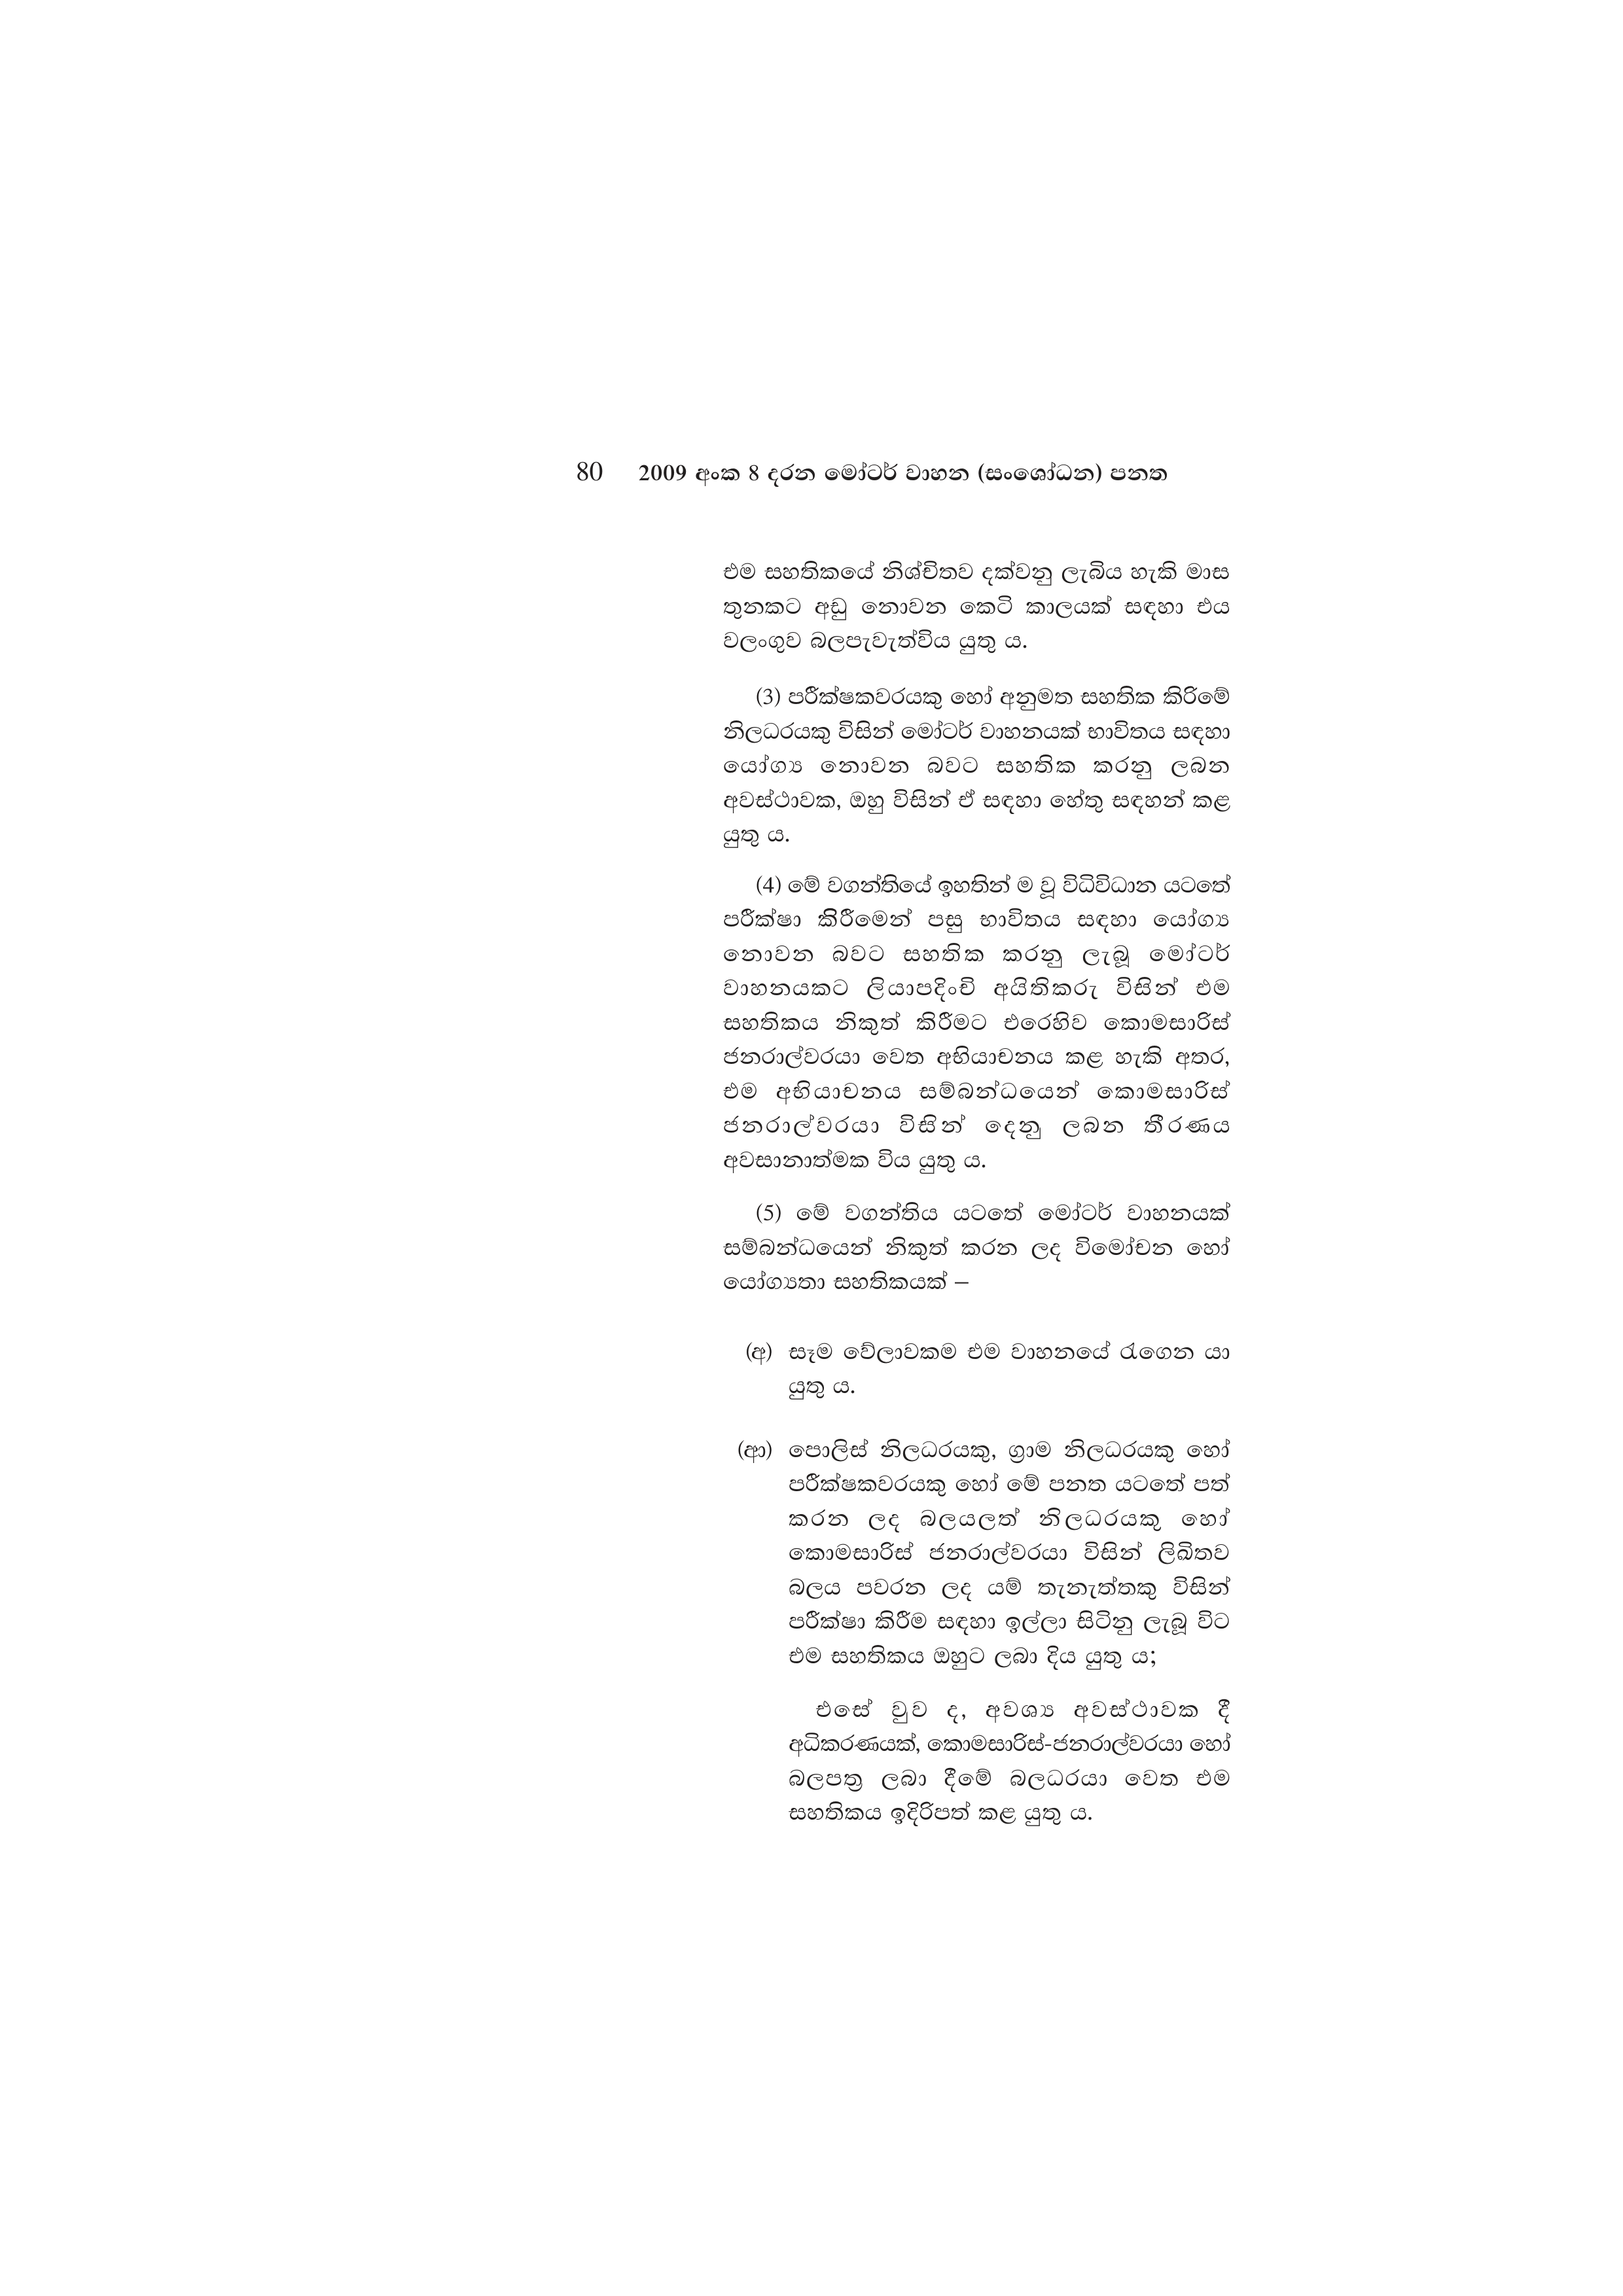
80 2009 අංක 8 දරන මෝටර් වාහන (සංශෝධන) පනත

එම සහතිකයේ නිශ්චිතව දක්වනු ලැබිය හැකි මාස
තුනකට අඩු නොවන කෙටි කාලයක් සඳහා එය
වලංගුව බලපැවැත්විය යුතු ය.

(3) පරීක්ෂකවරයකු හෝ අනුමත සහතික කිරිමේ
නිලධරයකු විසින් මෝටර් වාහනයක් භාවිතය සඳහා
යෝග්‍ය නොවන බවට සහතික කරනු ලබන
අවස්ථාවක, ඔහු විසින් ඒ සඳහා හේතු සඳහන් කළ
යුතු ය.

(4) මේ වගන්තියේ ඉහතින් ම වූ විධිවිධාන යටතේ
පරීක්ෂා කිරීමෙන් පසු භාවිතය සඳහා යෝග්‍ය
නොවන බවට සහතික කරනු ලැබූ මෝටර්
වාහනයකට ලියාපදිංචි අයිතිකරු විසින් එම
සහතිකය නිකුත් කිරීමට එරෙහිව කොමසාරිස්
ජනරාල්වරයා වෙත අභියාචනය කළ හැකි අතර,
එම අභියාචනය සම්බන්ධයෙන් කොමසාරිස්
ජනරාල්වරයා විසින් දෙනු ලබන තීරණය
අවසානාත්මක විය යුතු ය.

(5) මේ වගන්තිය යටතේ මෝටර් වාහනයක්
සම්බන්ධයෙන් නිකුත් කරන ලද විමෝචන හෝ
යෝග්‍යතා සහතිකයක් –

(අ) සෑම වේලාවකම එම වාහනයේ රැගෙන යා
යුතු ය.

(ආ) පොලිස් නිලධරයකු, ග්‍රාම නිලධරයකු හෝ
පරීක්ෂකවරයකු හෝ මේ පනත යටතේ පත්
කරන ලද බලයලත් නිලධරයකු හෝ
කොමසාරිස් ජනරාල්වරයා විසින් ලිඛිතව
බලය පවරන ලද යම් තැනැත්තකු විසින්
පරීක්ෂා කිරීම සඳහා ඉල්ලා සිටිනු ලැබූ විට
එම සහතිකය ඔහුට ලබා දිය යුතු ය;

එසේ වුව ද, අවශ්‍ය අවස්ථාවක දී
අධිකරණයක්, කොමසාරිස්-ජනරාල්වරයා හෝ
බලපත්‍ර ලබා දීමේ බලධරයා වෙත එම
සහතිකය ඉදිරිපත් කළ යුතු ය.